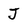
Character: J